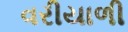
વરીયાળી